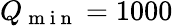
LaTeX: Q_{\mathrm{~m~i~n~}}=1000